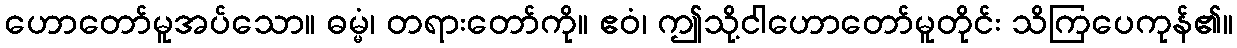
ဟောတော်မူအပ်သော။ ဓမ္မံ၊ တရားတော်ကို။ ဧဝံ၊ ဤသို့ငါဟောတော်မူတိုင်း သိကြပေကုန်၏။